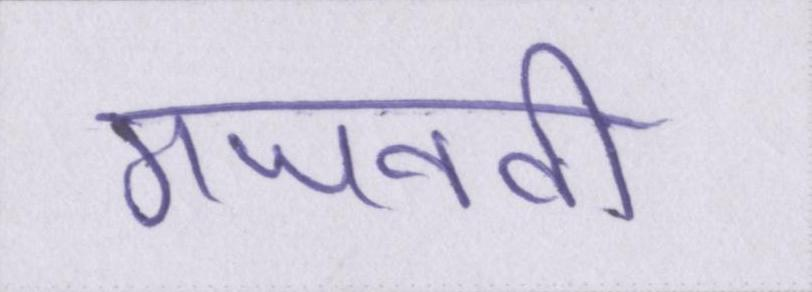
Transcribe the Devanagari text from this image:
गजनवी